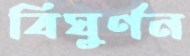
বিঘুর্ণন